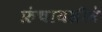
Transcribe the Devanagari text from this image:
फ्रंचायसीने